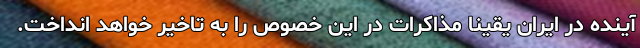
آینده در ایران یقینا مذاکرات در این خصوص را به تاخیر خواهد انداخت.